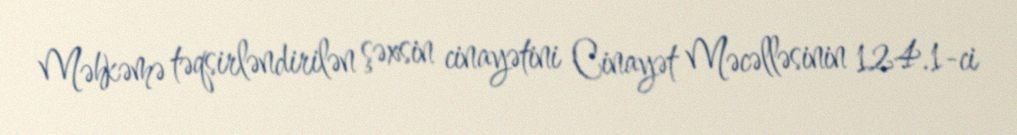
Məhkəmə təqsirləndirilən şəxsin cinayətini Cinayət Məcəlləsinin 124.1-ci